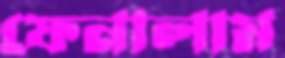
ফেনালাম